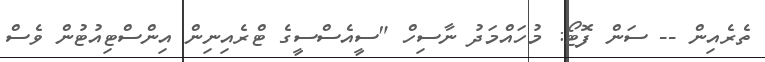
ތެރެއިން -- ސަން ފޮޓޯ: މުހައްމަދު ނާސިހް "ސީއެސްސީގެ ޓްރެއިނިން އިންސްޓިއުޓުން ވެސް